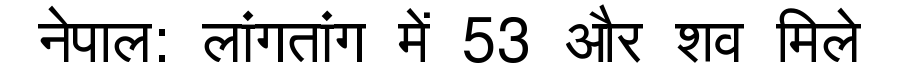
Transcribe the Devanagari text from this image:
नेपाल: लांगतांग में 53 और शव मिले